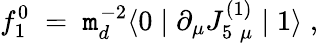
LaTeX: f_{1}^{0}\; =\; \mathtt{m}_{d}^{-2}\langle0\mid\partial_{\mu}J_{5\; \mu}^{(1)}\mid1\rangle\; ,